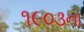
૧૯૦૩ના